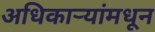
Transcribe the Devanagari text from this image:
अधिकाऱ्यांमधून